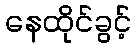
နေထိုင်ခွင့်